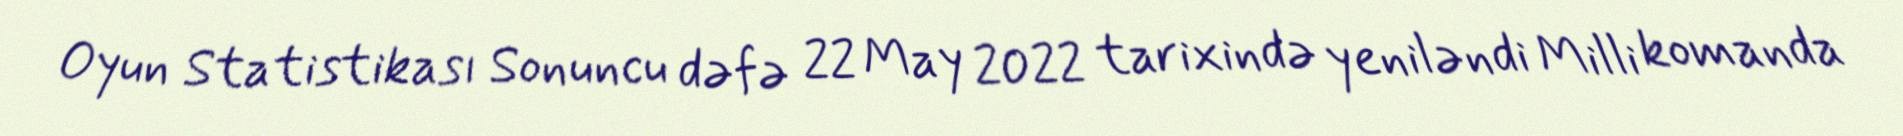
Oyun Statistikası Sonuncu dəfə 22 May 2022 tarixində yeniləndi Milli komanda